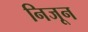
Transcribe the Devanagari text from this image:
निजून